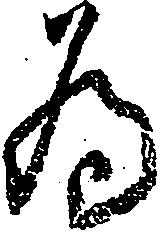
為